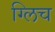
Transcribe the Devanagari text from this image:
ग्लिच